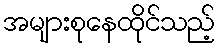
အများစုနေထိုင်သည့်